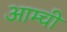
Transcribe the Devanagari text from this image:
आम्ची